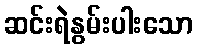
ဆင်းရဲနွမ်းပါးသော